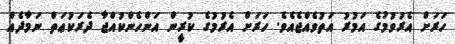
ހަރަށް އެރުވުމުގެ އަމުރު އަތުވެއްޖެއެވެ. ހަރަށް އެރުމުގެ ކުރީން އަންހެންކުއްޖާ ދެރަކުޢަތް ނަމާދެއް